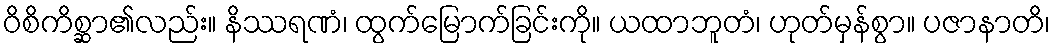
ဝိစိကိစ္ဆာ၏လည်း။ နိဿရဏံ၊ ထွက်မြောက်ခြင်းကို။ ယထာဘူတံ၊ ဟုတ်မှန်စွာ။ ပဇာနာတိ၊